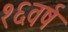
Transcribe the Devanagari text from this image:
१६वर्ष